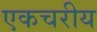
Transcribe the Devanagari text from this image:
एकचरीय